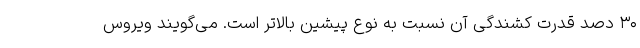
۳۰ دصد قدرت کشندگی آن نسبت به نوع پیشین بالاتر است. می‌گویند ویروس